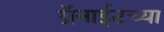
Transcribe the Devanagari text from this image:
ग्रॅनाईटच्या